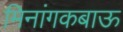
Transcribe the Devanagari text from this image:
मिनांगकबाऊ